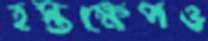
হস্তক্ষেপও